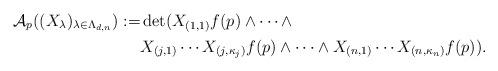
LaTeX: \begin{align*} {\mathcal A}_p( (X_\lambda)_{\lambda \in \Lambda_{d,n}}) := & \det ( X_{(1,1)} f(p) \wedge \cdots \wedge \\ & X_{(j,1)} \cdots X_{(j,\kappa_j)} f(p) \wedge \cdots \wedge X_{(n,1)} \cdots X_{(n,\kappa_n)} f(p)). \end{align*}